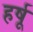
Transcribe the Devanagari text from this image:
हर्षू